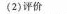
(2)评价